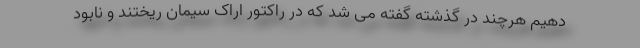
دهیم هرچند در گذشته گفته می شد که در راکتور اراک سیمان ریختند و نابود